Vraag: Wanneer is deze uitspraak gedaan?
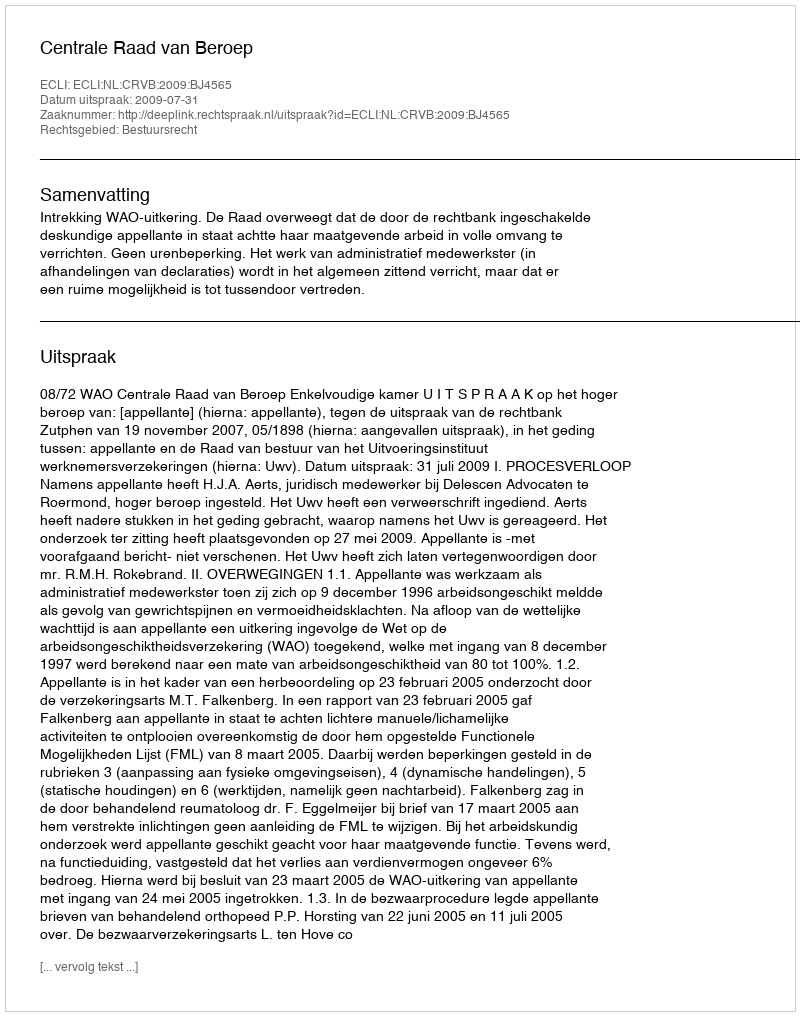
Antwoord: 2009-07-31